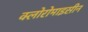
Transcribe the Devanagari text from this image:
क्लोरोमाइसीन